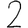
Digit: 2